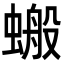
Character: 𧏘